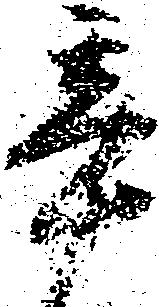
辛